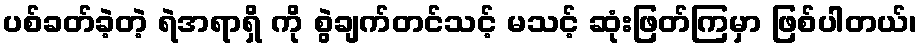
ပစ်ခတ်ခဲ့တဲ့ ရဲအရာရှိ ကို စွဲချက်တင်သင့် မသင့် ဆုံးဖြတ်ကြမှာ ဖြစ်ပါတယ်၊